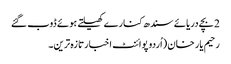
2 بچے دریائے سندھ کنارے کھیلتے ہوئے ڈوب گئے
رحیم یار خان (اُردو پوائنٹ اخبارتازہ ترین۔